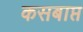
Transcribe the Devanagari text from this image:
कसबाप्त